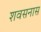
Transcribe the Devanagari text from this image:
शवसनास